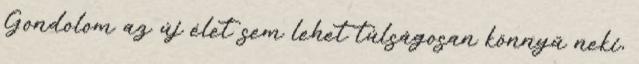
Gondolom az új élet sem lehet túlságosan könnyű neki,